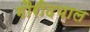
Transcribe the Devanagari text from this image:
गौरीदयाल